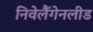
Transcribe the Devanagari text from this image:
निवेलैंगेनलीड